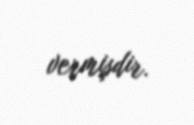
vermişdir.